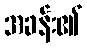
အခန်း၏